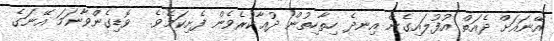
އޭނައަށް ދެއަތް އުފުލައިގެން އިނދެ ހިތާހިތުން ދުޢާކުރެވެން ފެށިކަމެވެ.  ވޮޑިގެންވާނަމަ އޭނަގެ